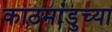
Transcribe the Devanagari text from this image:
काठमांडुच्या